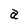
Character: a